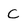
Character: C